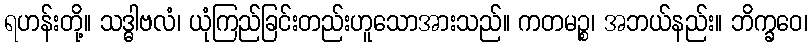
ရဟန်းတို့။ သဒ္ဓါဗလံ၊ ယုံကြည်ခြင်းတည်းဟူသောအားသည်။ ကတမဉ္စ၊ အဘယ်နည်း။ ဘိက္ခဝေ၊